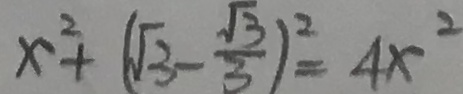
x ^ { 2 } + ( \sqrt { 3 } - \frac { \sqrt { 3 } } { 3 } ) ^ { 2 } = 4 x ^ { 2 }